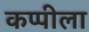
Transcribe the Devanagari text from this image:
कप्पीला